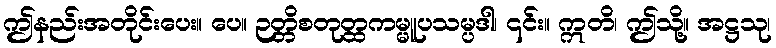
ဤနည်းအတိုင်းပေး။ ပေ။ ဉတ္တိစတုတ္ထကမ္မူပသမ္ပဒါ၊ ၎င်း။ ဣတိ၊ ဤသို့။ အဋ္ဌသု၊